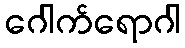
ဂေါက်ရောဂါ